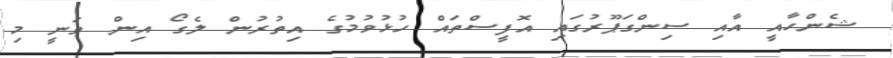
ޝެންހާއީ އާއި ސިންގަޕޫރުގައި އޮފީސްތައް ހުޅުވުމުގެ އިތުރުން ލެގޯ އިން ވަނީ މި